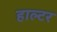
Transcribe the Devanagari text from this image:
हाल्टर